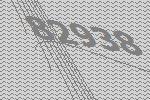
82938